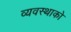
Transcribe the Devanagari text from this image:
व्यवस्थाको